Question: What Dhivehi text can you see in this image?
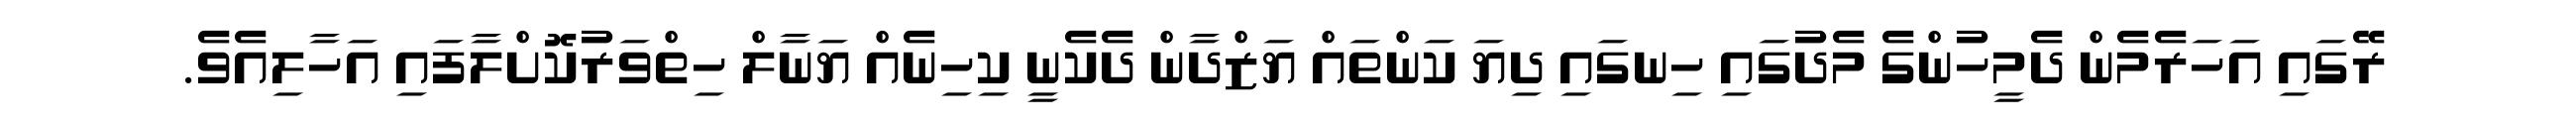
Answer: ރޭގައި އަހަރެމެން ދެމީހުންގެ މެދުގައި ހިނގައި ދިޔަ ކަންތައް ޔަޒްދާން ދެކެނީ ކިހިނެއް ޔަނާލް ހިތްވަރުކޮށްލާފައި އަހާލިއެވެ.